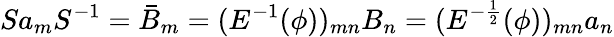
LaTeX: Sa_{m}S^{-1}=\bar{B}_{m}=(E^{-1}(\phi))_{mn}B_{n}=(E^{-\frac{1}{2}}(\phi))_{mn}a_{n}